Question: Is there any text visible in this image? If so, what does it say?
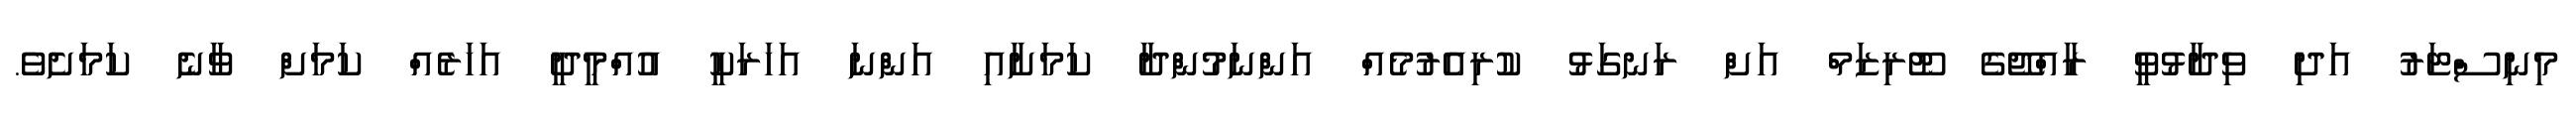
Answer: މިނިސްޓަރު އަދި ވިދާޅުވީ ރާއްޖޭގެ ޓޫރިޒަމް އަށް ރަނގަޅު ކުރިއެރުމެއް އަންނަމުންދާ ކަމަށާއި އަންނަ އަހަރަކީ އުއްމީދީ އަހަރެއް ކަމަށް ވާނެ ކަމަށެވެ.